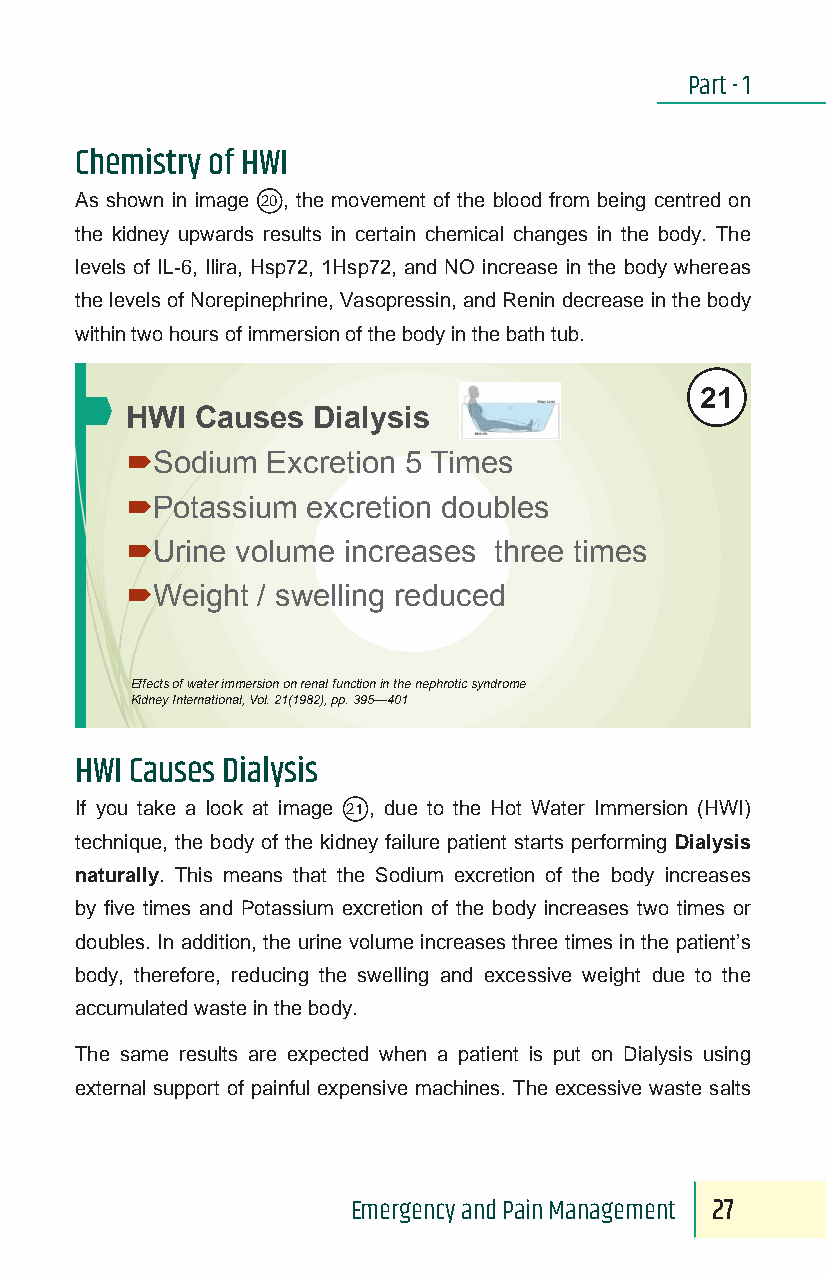
Part - 1
 Chemistry of HWI
 As shown in image 20, the movement of the blood from being centred on
 the kidney upwards results in certain chemical changes in the body. The
 levels of IL-6, Ilira, Hsp72, 1Hsp72, and NO increase in the body whereas
 the levels of Norepinephrine, Vasopressin, and Renin decrease in the body
 within two hours of immersion of the body in the bath tub.
 21
 HWI  Causes  Dialysis
 Sodium   Excretion 5 Times
 Potassium  excretion doubles
 Urine  volume increases three times
 Weight  / swelling reduced
 Effects of water immersion on renal function in the nephrotic syndrome
 Kidney International, Vol. 21(1982), pp. 395—401
 HWI Causes Dialysis
 If you take a look at image 21, due to the Hot Water Immersion (HWI)
 technique, the body of the kidney failure patient starts performing Dialysis
 naturally. This means that the Sodium excretion of the body increases
 by five times and Potassium excretion of the body increases two times or
 doubles. In addition, the urine volume increases three times in the patient’s
 body, therefore, reducing the swelling and excessive weight due to the
 accumulated waste in the body.
 The same results are expected when a patient is put on Dialysis using
 external support of painful expensive machines. The excessive waste salts
 Emergency and Pain Management 27